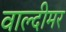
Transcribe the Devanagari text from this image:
वाल्दीमर